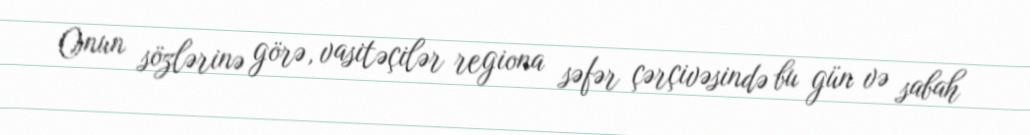
Onun sözlərinə görə, vasitəçilər regiona səfər çərçivəsində bu gün və sabah